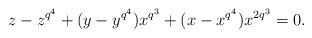
LaTeX: \begin{align*}z-z^{q^4}+(y-y^{q^4})x^{q^3}+(x-x^{q^4})x^{2q^3}=0.\end{align*}